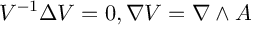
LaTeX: V ^ { - 1 } \Delta V = 0 , \nabla V = \nabla \wedge A